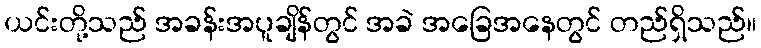
ယင်းတို့သည် အခန်းအပူချိန်တွင် အခဲ အခြေအနေတွင် တည်ရှိသည်။